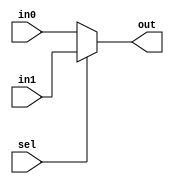
////////////////////////////////////////////////////////////////////////////////////
// Copyright (c) 2016, University of British Columbia (UBC)  All rights reserved. //
//                                                                                //
// Redistribution  and  use  in  source   and  binary  forms,   with  or  without //
// modification,  are permitted  provided that  the following conditions are met: //
//   * Redistributions   of  source   code  must  retain   the   above  copyright //
//     notice,  this   list   of   conditions   and   the  following  disclaimer. //
//   * Redistributions  in  binary  form  must  reproduce  the  above   copyright //
//     notice, this  list  of  conditions  and the  following  disclaimer in  the //
//     documentation and/or  other  materials  provided  with  the  distribution. //
//   * Neither the name of the University of British Columbia (UBC) nor the names //
//     of   its   contributors  may  be  used  to  endorse  or   promote products //
//     derived from  this  software without  specific  prior  written permission. //
//                                                                                //
// THIS  SOFTWARE IS  PROVIDED  BY THE COPYRIGHT HOLDERS AND CONTRIBUTORS "AS IS" //
// AND  ANY EXPRESS  OR IMPLIED WARRANTIES,  INCLUDING,  BUT NOT LIMITED TO,  THE //
// IMPLIED WARRANTIES OF MERCHANTABILITY AND FITNESS FOR A PARTICULAR PURPOSE ARE //
// DISCLAIMED.  IN NO  EVENT SHALL University of British Columbia (UBC) BE LIABLE //
// FOR ANY DIRECT,  INDIRECT,  INCIDENTAL,  SPECIAL,  EXEMPLARY, OR CONSEQUENTIAL //
// DAMAGES  (INCLUDING,  BUT NOT LIMITED TO,  PROCUREMENT OF  SUBSTITUTE GOODS OR //
// SERVICES;  LOSS OF USE,  DATA,  OR PROFITS;  OR BUSINESS INTERRUPTION) HOWEVER //
// CAUSED AND ON ANY THEORY OF LIABILITY,  WHETHER IN CONTRACT, STRICT LIABILITY, //
// OR TORT  (INCLUDING NEGLIGENCE OR OTHERWISE) ARISING IN ANY WAY OUT OF THE USE //
// OF  THIS SOFTWARE,  EVEN  IF  ADVISED  OF  THE  POSSIBILITY  OF  SUCH  DAMAGE. //
////////////////////////////////////////////////////////////////////////////////////

////////////////////////////////////////////////////////////////////////////////////
//                           mux.v: Generic 2 to 1 mux                            //
//  Cell-based Mixed FIFOs :: University of British Columbia  (UBC) :: July 2016  //
////////////////////////////////////////////////////////////////////////////////////

module mux
  #(  parameter DW = 32  )  // data width
   (  input           sel,  // selector
      input  [DW-1:0] in0,  // input 0
      input  [DW-1:0] in1,  // input 1
      output [DW-1:0] out); // output

  assign out = sel ? in1 : in0;

endmodule